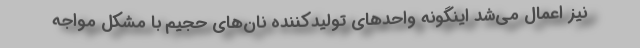
نیز اعمال می‌شد اینگونه واحدهای تولیدکننده نان‌های حجیم با مشکل مواجه